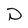
Character: p